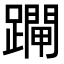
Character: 𨆇